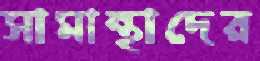
সামান্থাদের